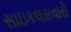
સાઇકલસવારો